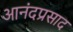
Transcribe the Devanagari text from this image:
आनंदप्रसाद